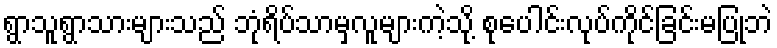
ရွာသူရွာသားများသည် ဘုံရိပ်သာမှလူများကဲ့သို့ စုပေါင်းလုပ်ကိုင်ခြင်းမပြုဘဲ